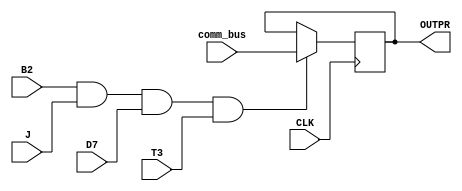
`timescale 1ns / 1ps
//////////////////////////////////////////////////////////////////////////////////
// Company: 
// Engineer: 
// 
// Design Name: 
// Module Name: OUTPR
// Project Name: 
// Target Devices: 
// Tool Versions: 
// Description: 
// 
// Dependencies: 
// 
// Revision:
// Revision 0.01 - File Created
// Additional Comments:
// 
//////////////////////////////////////////////////////////////////////////////////


module OUTPR(
input  [7:0] comm_bus,
input  D7,
input  T3,
input  J , 
input  B2,
input  CLK,
output reg [7:0] OUTPR

);

wire Load ;
assign Load = B2&J&D7&T3 ;
initial begin 
OUTPR= 8'h00 ;
end 

always @(posedge CLK) begin

    if (Load) begin
          OUTPR<= comm_bus ;
     end 
end

endmodule